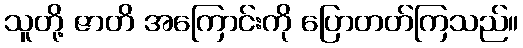
သူတို့ ဇာတိ အကြောင်းကို ပြောတတ်ကြသည်။